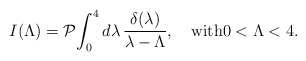
\begin{align*}I(\Lambda)=\mathcal{P} \!\int_0^{4}d\lambda\,\frac{\delta(\lambda) }{\lambda-\Lambda}, \quad{\rm with}0<\Lambda<4.\end{align*}